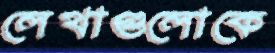
লেখাগুলোকে